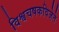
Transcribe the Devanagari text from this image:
विश्वचषकविजेते